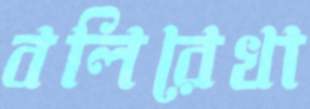
বলিরেখা